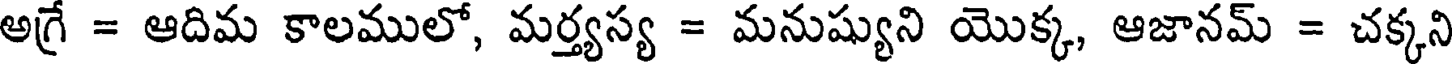
అగ్రే = ఆదిమ కాలములో, మర్త్యస్య = మనుష్యుని యొక్క, ఆజానమ్ = చక్కని